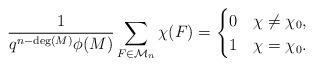
LaTeX: \begin{align*}\frac{1}{q^{n-\deg( M)}\phi(M)} \sum_{F \in \mathcal{M}_{n}} \chi(F) = \begin{cases} 0 & \chi \neq \chi_0 ,\\ 1 & \chi = \chi_0. \end{cases}\end{align*}